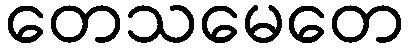
တေသမေတေ